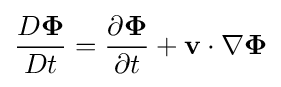
{\frac {D{\boldsymbol {\Phi }}}{Dt}}={\frac {\partial {\boldsymbol {\Phi }}}{\partial t}}+\mathbf {v} \cdot \nabla {\boldsymbol {\Phi }}